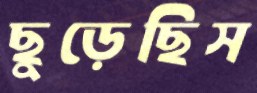
ছুড়েছিস